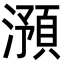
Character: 澦